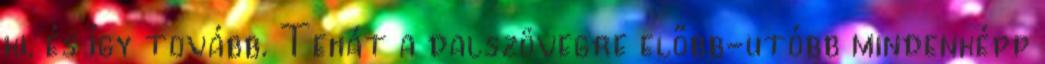
ki, és így tovább. Tehát a dalszövegre előbb-utóbb mindenképp